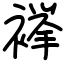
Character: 𧜎